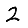
Digit: 2